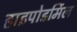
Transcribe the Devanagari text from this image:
हाइपोडर्मिल